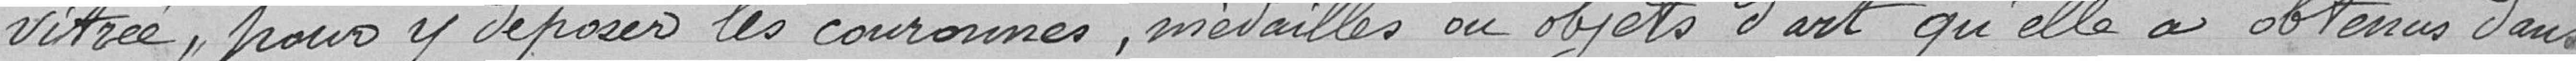
vitrée, pour y déposer les couronnes, médailles ou objet d'art qu'elle a obtenus dans